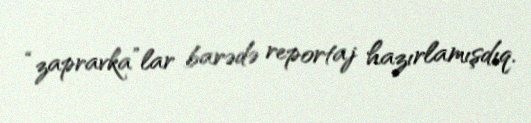
“zapravka”lar barədə reportaj hazırlamışdıq.